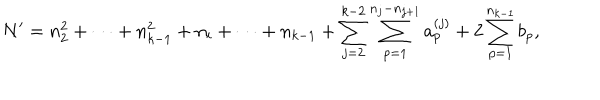
N ^ { \prime } = n _ { 2 } ^ { 2 } + \cdots + n _ { k - 1 } ^ { 2 } + n _ { i } + \cdots + n _ { k - 1 } + \sum _ { j = 2 } ^ { k - 2 } \sum _ { p = 1 } ^ { n _ { j } - n _ { j + 1 } } a _ { p } ^ { ( j ) } + 2 \sum _ { p = 1 } ^ { n _ { k - 1 } } b _ { p } ,